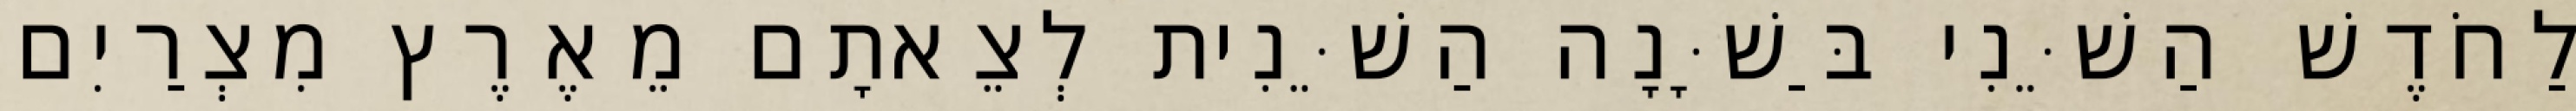
לַחֹדֶשׁ הַשֵּׁנִי בַּשָּׁנָה הַשֵּׁנִית לְצֵאתָם מֵאֶרֶץ מִצְרַיִם